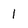
Character: 1